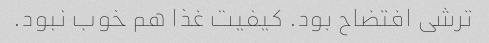
ترشی افتضاح بود. کیفیت غذا هم خوب نبود.